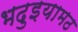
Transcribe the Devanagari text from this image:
भदुइयामठ